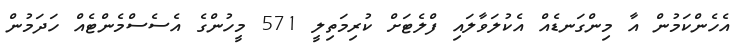
އެހެންކަމުން އާ މިންގަނޑެއް އެކުލަވާލައި ފްލެޓަށް ކުރިމަތިލީ 571 މީހުންގެ އެސެސްމެންޓެއް ހަދަމުން